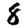
Digit: 8